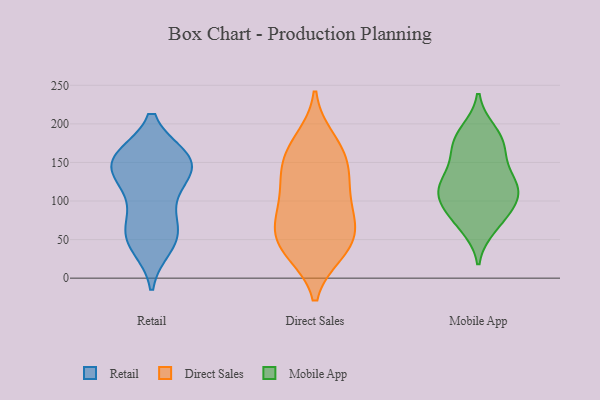
{"axis": {"x": "Budget (USD K)", "y": "Value"}, "legend": ["Direct Sales", "Mobile App", "Retail"], "data": [{"x": "", "y": 73, "type": "Retail"}, {"x": "", "y": 60, "type": "Retail"}, {"x": "", "y": 149, "type": "Retail"}, {"x": "", "y": 156, "type": "Retail"}, {"x": "", "y": 155, "type": "Retail"}, {"x": "", "y": 135, "type": "Retail"}, {"x": "", "y": 50, "type": "Retail"}, {"x": "", "y": 152, "type": "Retail"}, {"x": "", "y": 154, "type": "Retail"}, {"x": "", "y": 106, "type": "Retail"}, {"x": "", "y": 119, "type": "Retail"}, {"x": "", "y": 151, "type": "Retail"}, {"x": "", "y": 54, "type": "Retail"}, {"x": "", "y": 42, "type": "Retail"}, {"x": "", "y": 62, "type": "Direct Sales"}, {"x": "", "y": 119, "type": "Direct Sales"}, {"x": "", "y": 33, "type": "Direct Sales"}, {"x": "", "y": 180, "type": "Direct Sales"}, {"x": "", "y": 44, "type": "Direct Sales"}, {"x": "", "y": 73, "type": "Direct Sales"}, {"x": "", "y": 74, "type": "Direct Sales"}, {"x": "", "y": 159, "type": "Direct Sales"}, {"x": "", "y": 172, "type": "Direct Sales"}, {"x": "", "y": 151, "type": "Direct Sales"}, {"x": "", "y": 132, "type": "Direct Sales"}, {"x": "", "y": 128, "type": "Direct Sales"}, {"x": "", "y": 99, "type": "Direct Sales"}, {"x": "", "y": 80, "type": "Direct Sales"}, {"x": "", "y": 40, "type": "Direct Sales"}, {"x": "", "y": 33, "type": "Direct Sales"}, {"x": "", "y": 155, "type": "Mobile App"}, {"x": "", "y": 114, "type": "Mobile App"}, {"x": "", "y": 76, "type": "Mobile App"}, {"x": "", "y": 123, "type": "Mobile App"}, {"x": "", "y": 182, "type": "Mobile App"}, {"x": "", "y": 177, "type": "Mobile App"}, {"x": "", "y": 80, "type": "Mobile App"}, {"x": "", "y": 130, "type": "Mobile App"}, {"x": "", "y": 166, "type": "Mobile App"}, {"x": "", "y": 108, "type": "Mobile App"}, {"x": "", "y": 190, "type": "Mobile App"}, {"x": "", "y": 108, "type": "Mobile App"}, {"x": "", "y": 98, "type": "Mobile App"}, {"x": "", "y": 120, "type": "Mobile App"}, {"x": "", "y": 67, "type": "Mobile App"}]}